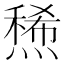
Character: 𤏤